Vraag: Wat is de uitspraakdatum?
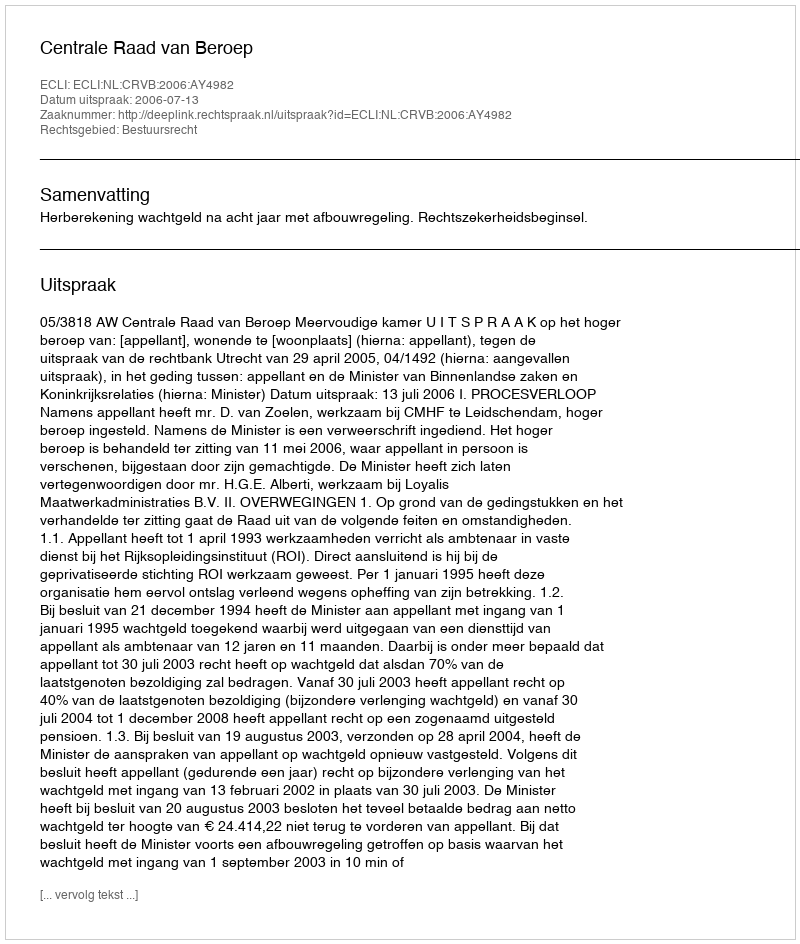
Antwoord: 2006-07-13